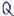
Text: Q